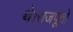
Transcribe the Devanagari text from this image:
थे।राजपूतो